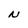
Character: N